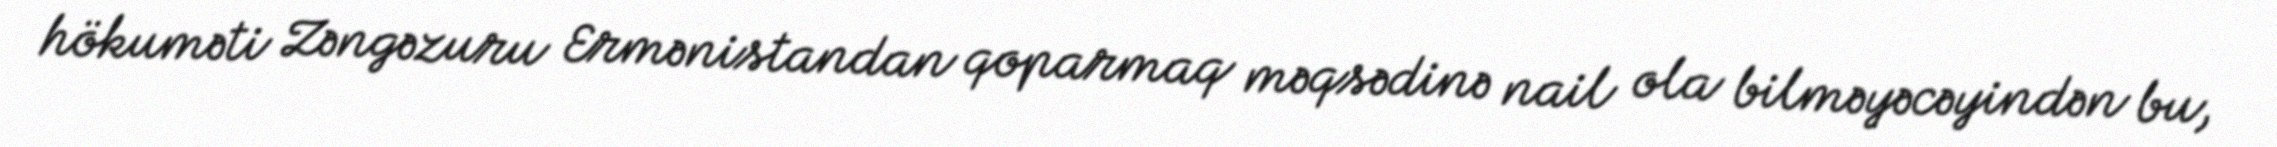
hökuməti Zəngəzuru Ermənistandan qoparmaq məqsədinə nail ola bilməyəcəyindən bu,